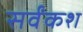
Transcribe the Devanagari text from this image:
सर्वंकश